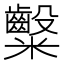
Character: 𮈀